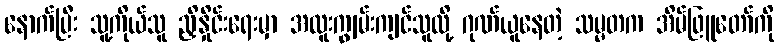
နောက်ပြီး သူ့ကိုယ်သူ ညှိနှိုင်းရေးမှာ အထူးကျွမ်းကျင်သူလို့ ဂုဏ်ယူနေတဲ့ သမ္မတက အိမ်ဖြူတော်ကို